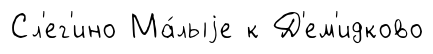
Сл'ег'ино Ма́лыjе к Д'ем'идково